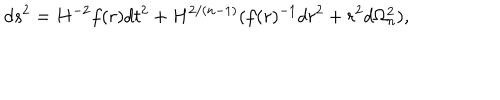
LaTeX: d s ^ { 2 } = H ^ { - 2 } f ( r ) d t ^ { 2 } + H ^ { 2 / ( n - 1 ) } ( f ( r ) ^ { - 1 } d r ^ { 2 } + r ^ { 2 } d \Omega _ { n } ^ { 2 } ) ,